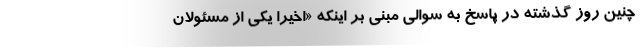
چنین روز گذشته در پاسخ به سوالی مبنی بر اینکه «اخیرا یکی از مسئولان